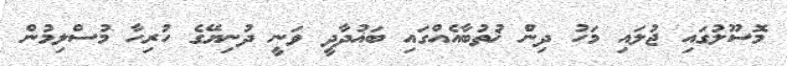
މޮސޫލުގައި ޖުލައި މަހު ދިން ޚުތުބާއެއްގައި ބަޣުދާދީ ވަނީ ދުނިޔޭގެ ހުރިހާ މުސްލިމުން